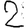
Digit: 2